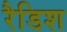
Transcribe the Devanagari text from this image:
रैडिश